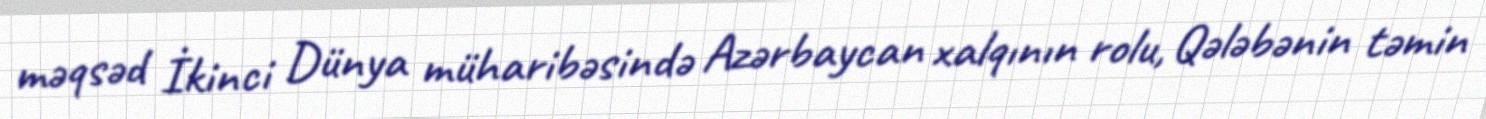
məqsəd İkinci Dünya müharibəsində Azərbaycan xalqının rolu, Qələbənin təmin